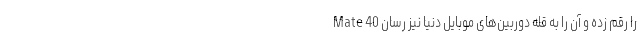
Mate 40 را رقم زده و آن را به قله دوربین‌های موبایل دنیا نیز رسان